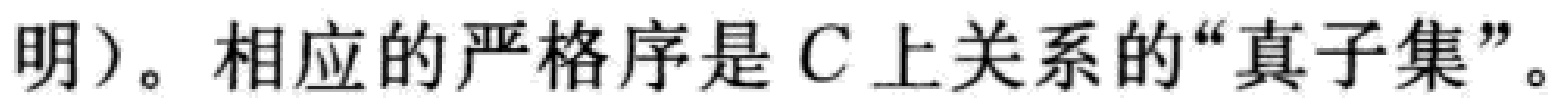
明）。相应的严格序是 \(C\) 上关系的“真子集”。